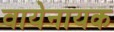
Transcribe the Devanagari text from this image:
वायेनायक